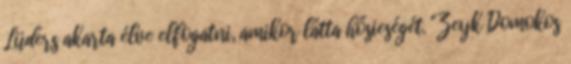
Lüders akarta élve elfogatni, amikor látta hősieségét. "Zeyk Domokos